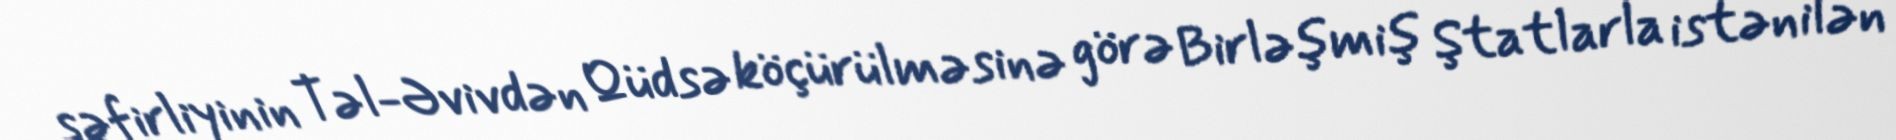
səfirliyinin Təl-Əvivdən Qüdsə köçürülməsinə görə Birləşmiş Ştatlarla istənilən